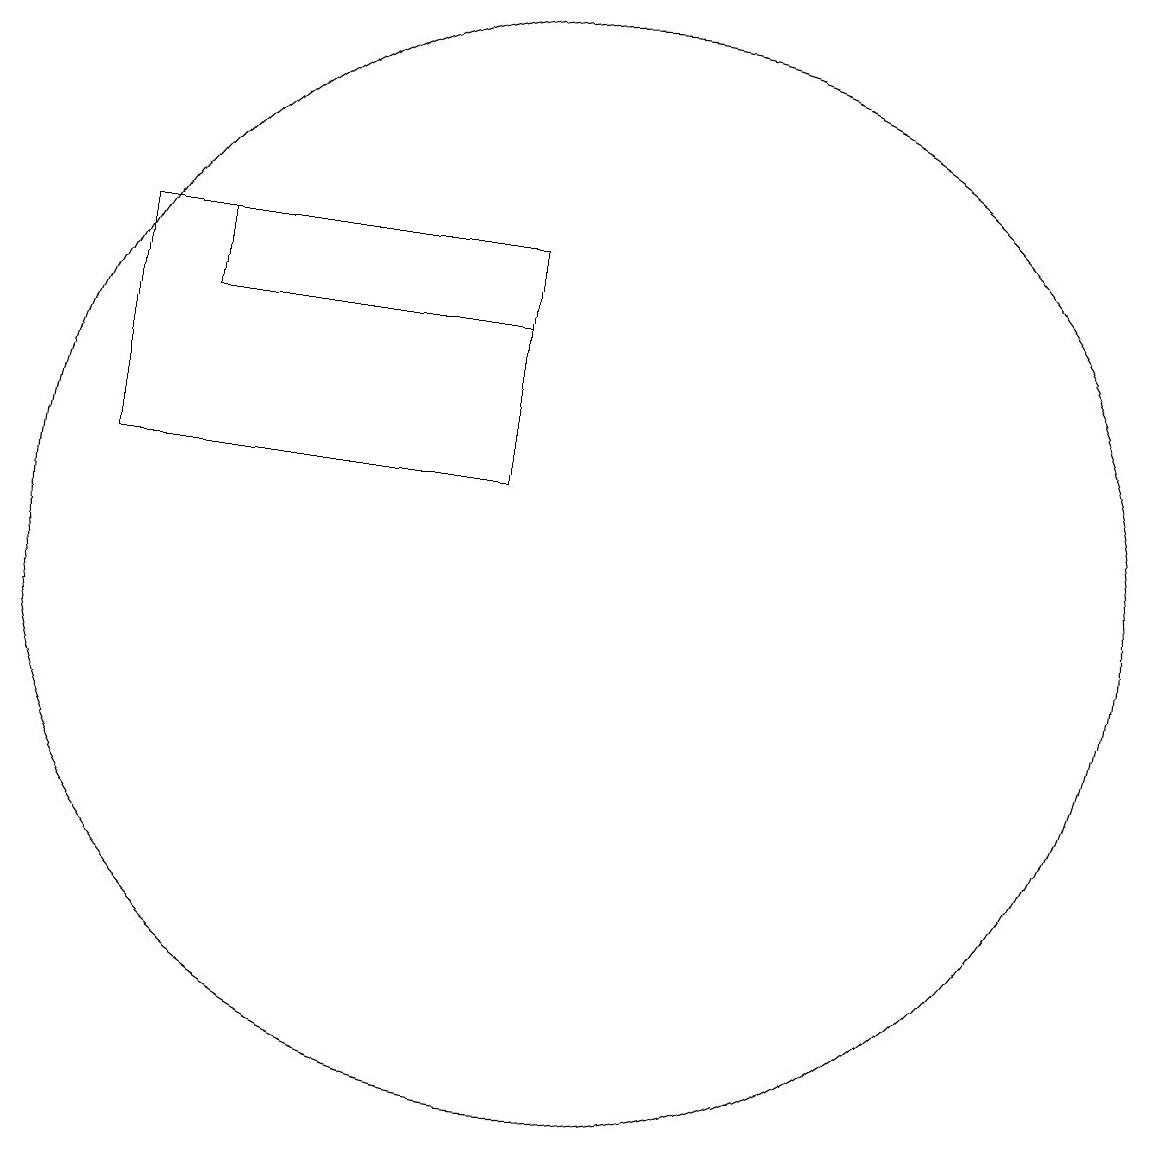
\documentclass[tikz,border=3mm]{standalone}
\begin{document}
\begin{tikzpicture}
\draw (5,13) rectangle (9,14);
\draw (10,10) circle (7);
\draw (9,14) rectangle (4,11);
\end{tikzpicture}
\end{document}